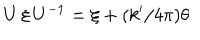
U \, \xi \, U ^ { - 1 } = \xi + ( k ^ { \prime } / 4 \pi ) \theta